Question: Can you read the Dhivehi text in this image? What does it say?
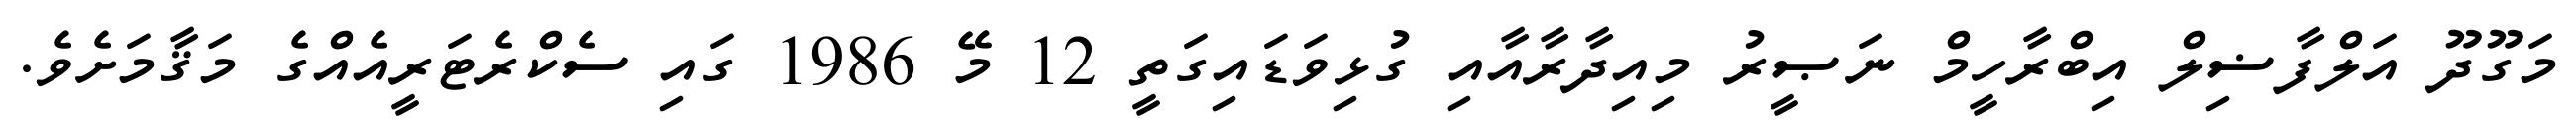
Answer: މަގޫދޫ އަލްފާޟިލް އިބްރާހީމް ނަޞީރު މިއިދާރާއާއި ގުޅިވަޑައިގަތީ 12 މޭ 1986 ގައި ސެކްރެޓަރީއެއްގެ މަޤާމަށެވެ.